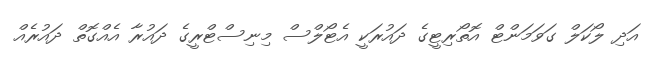
އަދި ލޯކަލް ގަވަމަންޓް އޮތޯރިޓީގެ ދައުރަކީ އެޓޯލްސް މިނިސްޓްރީގެ ދައުރާ އެއްގޮތް ދައުރެއް